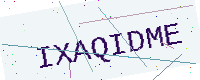
Text: IXAQIDME